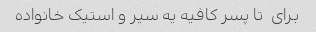
برای  تا پسر کافیه یه سیر و استیک خانواده